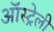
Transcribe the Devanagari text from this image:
ऑस्ट्रेली